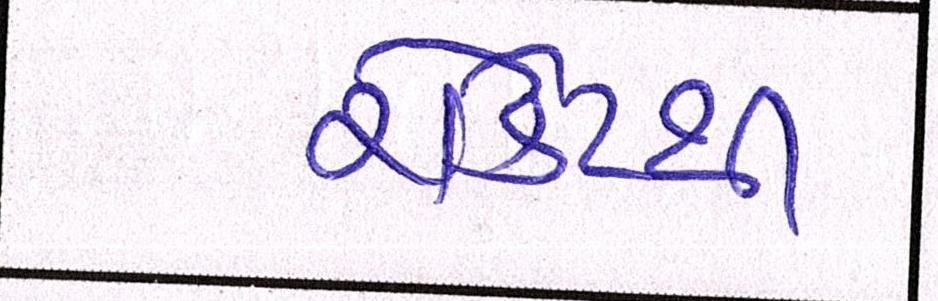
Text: રોકેટથી